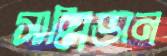
সাল্লিভান